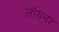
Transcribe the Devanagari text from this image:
लॉयनर